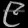
Digit: ၉